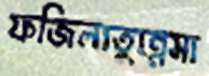
ফজিলাতুন্নেসা